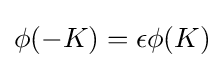
\phi (-K)=\epsilon \phi (K)